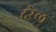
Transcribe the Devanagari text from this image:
दरेल